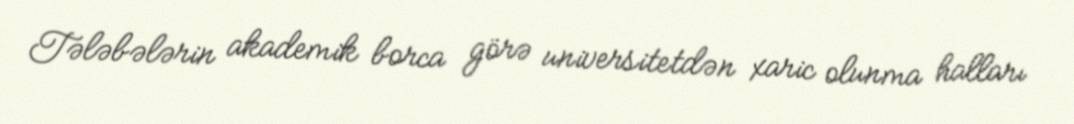
Tələbələrin akademik borca görə universitetdən xaric olunma halları